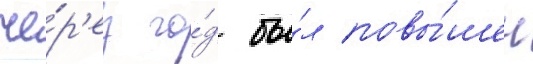
че́р'ез го́д бы́л повы́шен